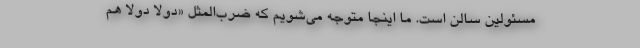
مسئولین سالن است. ما اینجا متوجه می‌شویم که ضرب‌المثل «دولا دولا هم